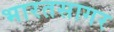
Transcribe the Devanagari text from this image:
भारतसागर